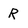
Character: R